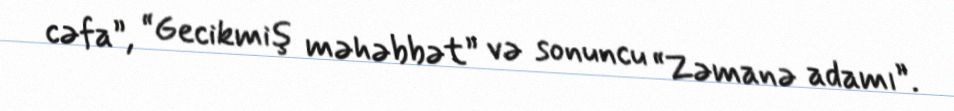
cəfa”, “Gecikmiş məhəbbət” və sonuncu “Zəmanə adamı”.